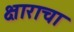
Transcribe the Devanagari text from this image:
क्षाराचा